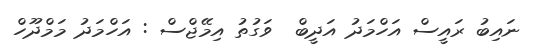
ނައިބު ރައީސް އަހްމަދު އަދީބް  ވަގުތު އިމޭޖްސް : އަހްމަދު މަމްދޫހް